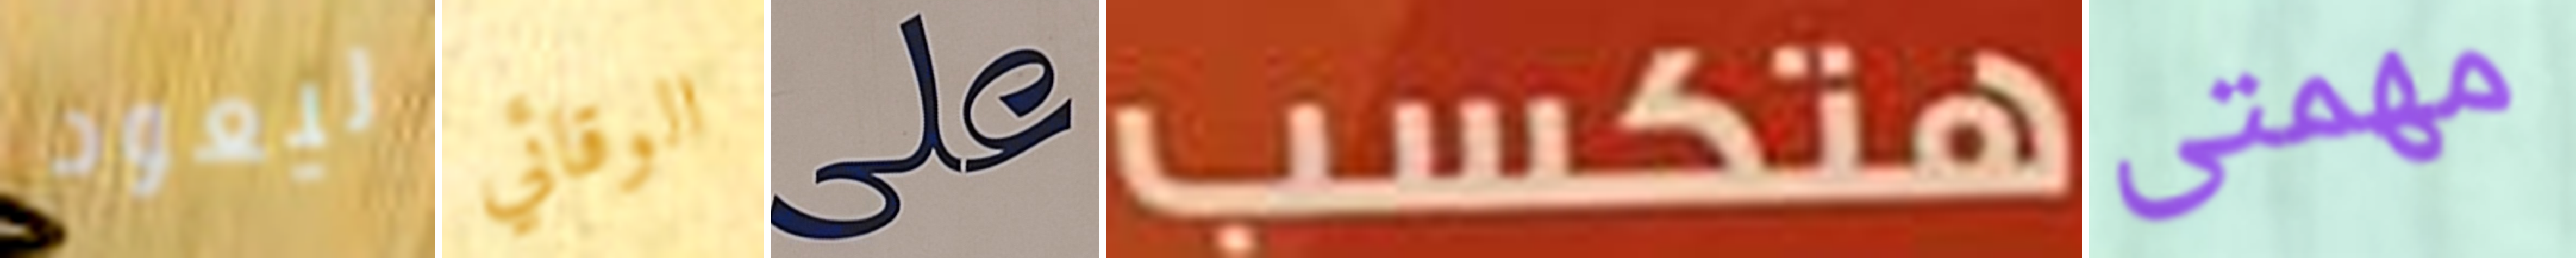
ليعود الوقائي على هتكسب مهمتى